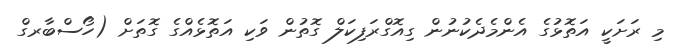
މި ރަށަކީ އަތޮޅުގެ އެންމެދެކުނުން ގިއޮގްރަފިކަލް ގޮތުން ވަކި އަތޮޅެއްގެ ގޮތަށް (ހޯސްބާރގް